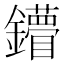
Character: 𨯠